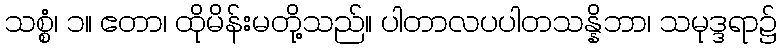
သစ္စံ၊ ၁။ ဧတာ၊ ထိုမိန်းမတို့သည်။ ပါတာလပပါတသန္နိဘာ၊ သမုဒ္ဒရာ၌